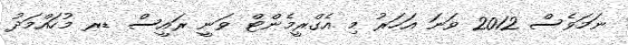
ނަމަވެސް 2012 ވަނަ އަހަރު މި އެގްރީމެންޓް ވަނީ ރައީސް ޑރ މުހައްމަދު